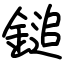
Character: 鎚